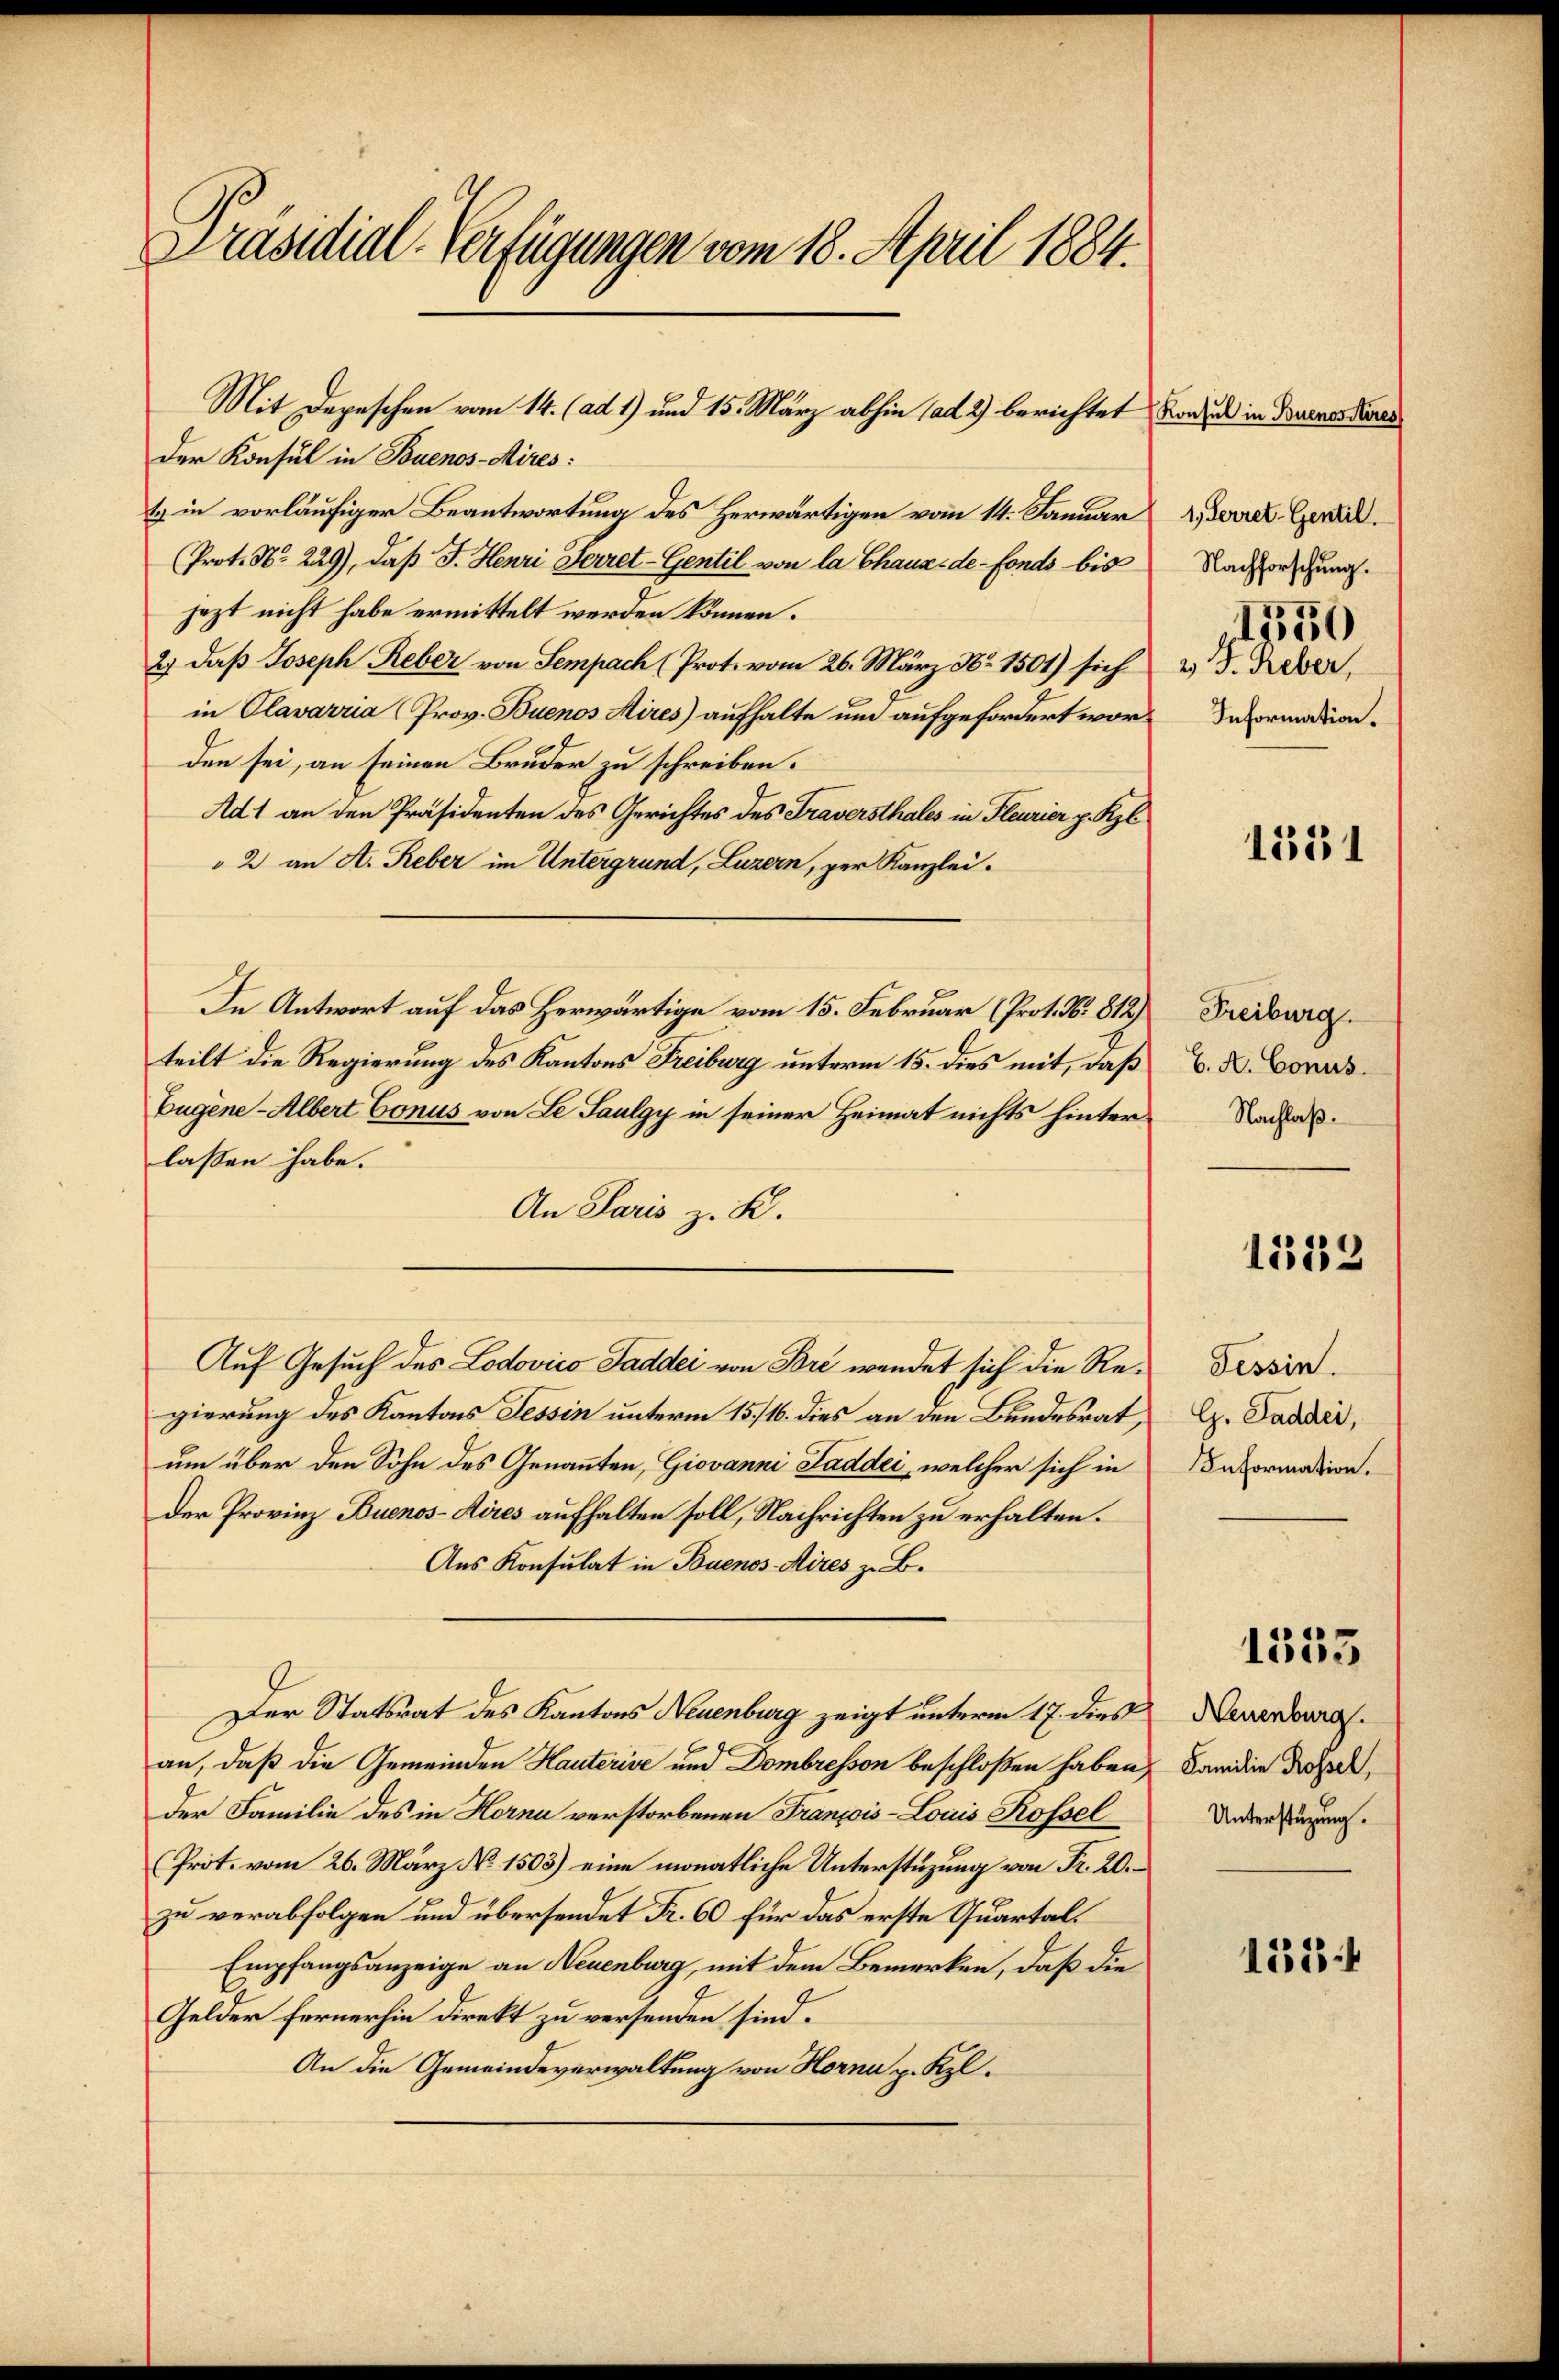
Präsidial-Verfügungen vom 18. April 1884.

Der Konsul in Buenos-Aires:
tz in vorläufiger Beantwortung des Herwärtigen vom 14. Januar
(Prot. N. 229), daß F. Henri Herret-Gentil von la Chaux-de-Fonds bis
jezt nicht habe ermittelt werden können.
2) daß Joseph Reber von Sempach (Prot. vom 26. März Nr. 1501) sich
in Olavarria (Prov. Buenos Aires) aufhalte um aufgefordert worden sei, an seinen Bruder zu schreiben.
Ad 1 an den Präsidenten des Gerichtes des Traversthales in Fleurier p. Kzl
2 an A. Reber im Untergrund, Luzern, per Kanzlei-
In Antwort auf das Herwärtige vom 15. Februar (Prot. No. 812)
teilt die Regierung des Kantons Freiburg unterm 15. dies mit, daß
Eugene - Albert Conus von Le Saulgy in seiner Heimat nichts hinterlassen habe.
An Paris z. R.
Auf Gesuch des Lodovico Saddei von Bre wendet sich die Regierung des Kantons Tessin unterm 15./16. dies an den Bundesrat,
um über den Sohn des Genannten, Giovanni Saddei, welcher sich in
Der Provinz Buenos-Aires aufhalten soll, Nachrichten zu erhalten.
Aus Konsulat in Buenos Aires z. B.
Der Statsrat des Kantons Neuenburg zeigt unterm 17. dies
an, daß die Gemeinden Hauterise und Dombresson beschloßen haben,
der Familie des in Hornu verstorbenen François-Louis Rossel
(Prot. vom 26. März No. 1503) eine monatliche Unterstüzung von Fr. 20.
zu verabfolgen und übersendet Fr. 60 für das erste Quartal¬
Empfangsanzeige an Neuenburg, mit dem Bemerken, daß die
Gelder fernerhin direkt zu versenden sind.
An die Gemeindeverwaltung von Hornu p. Kzl.

Mit Depeschen vom 14. (ad 1) und 15. März abhin ad 2) berichtet worden in Buenossenes

1. Ferret-Gentil.
Nachforschung.
1750
v. J. Reber,
Information.

1381

Freiburg.
C. A. Conus.
Nachlaß.

1552

Tessin.
G. Saddei,
Information.

1353

Neuenburg.
Familie Rossel,
Unterstüzung.

1354